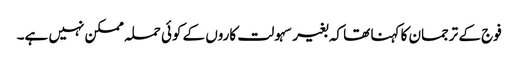
فوج کے ترجمان کا کہنا تھا کہ بغیر سہولت کاروں کے کوئی حملہ ممکن نہیں ہے۔